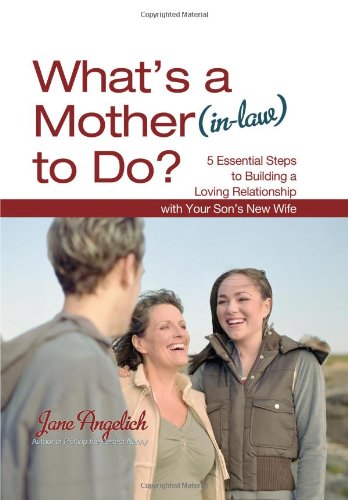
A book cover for What's a Mother (in-Law) to Do?: 5 Essential Steps to Building a Loving Relationship with Your Son's New Wife; Jane Angelich; Parenting & Relationships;